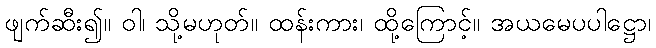
ဖျက်ဆီး၍။ ဝါ၊ သို့မဟုတ်။ ထန်းကား၊ ထို့ကြောင့်။ အယမေပပါဋ္ဌော၊